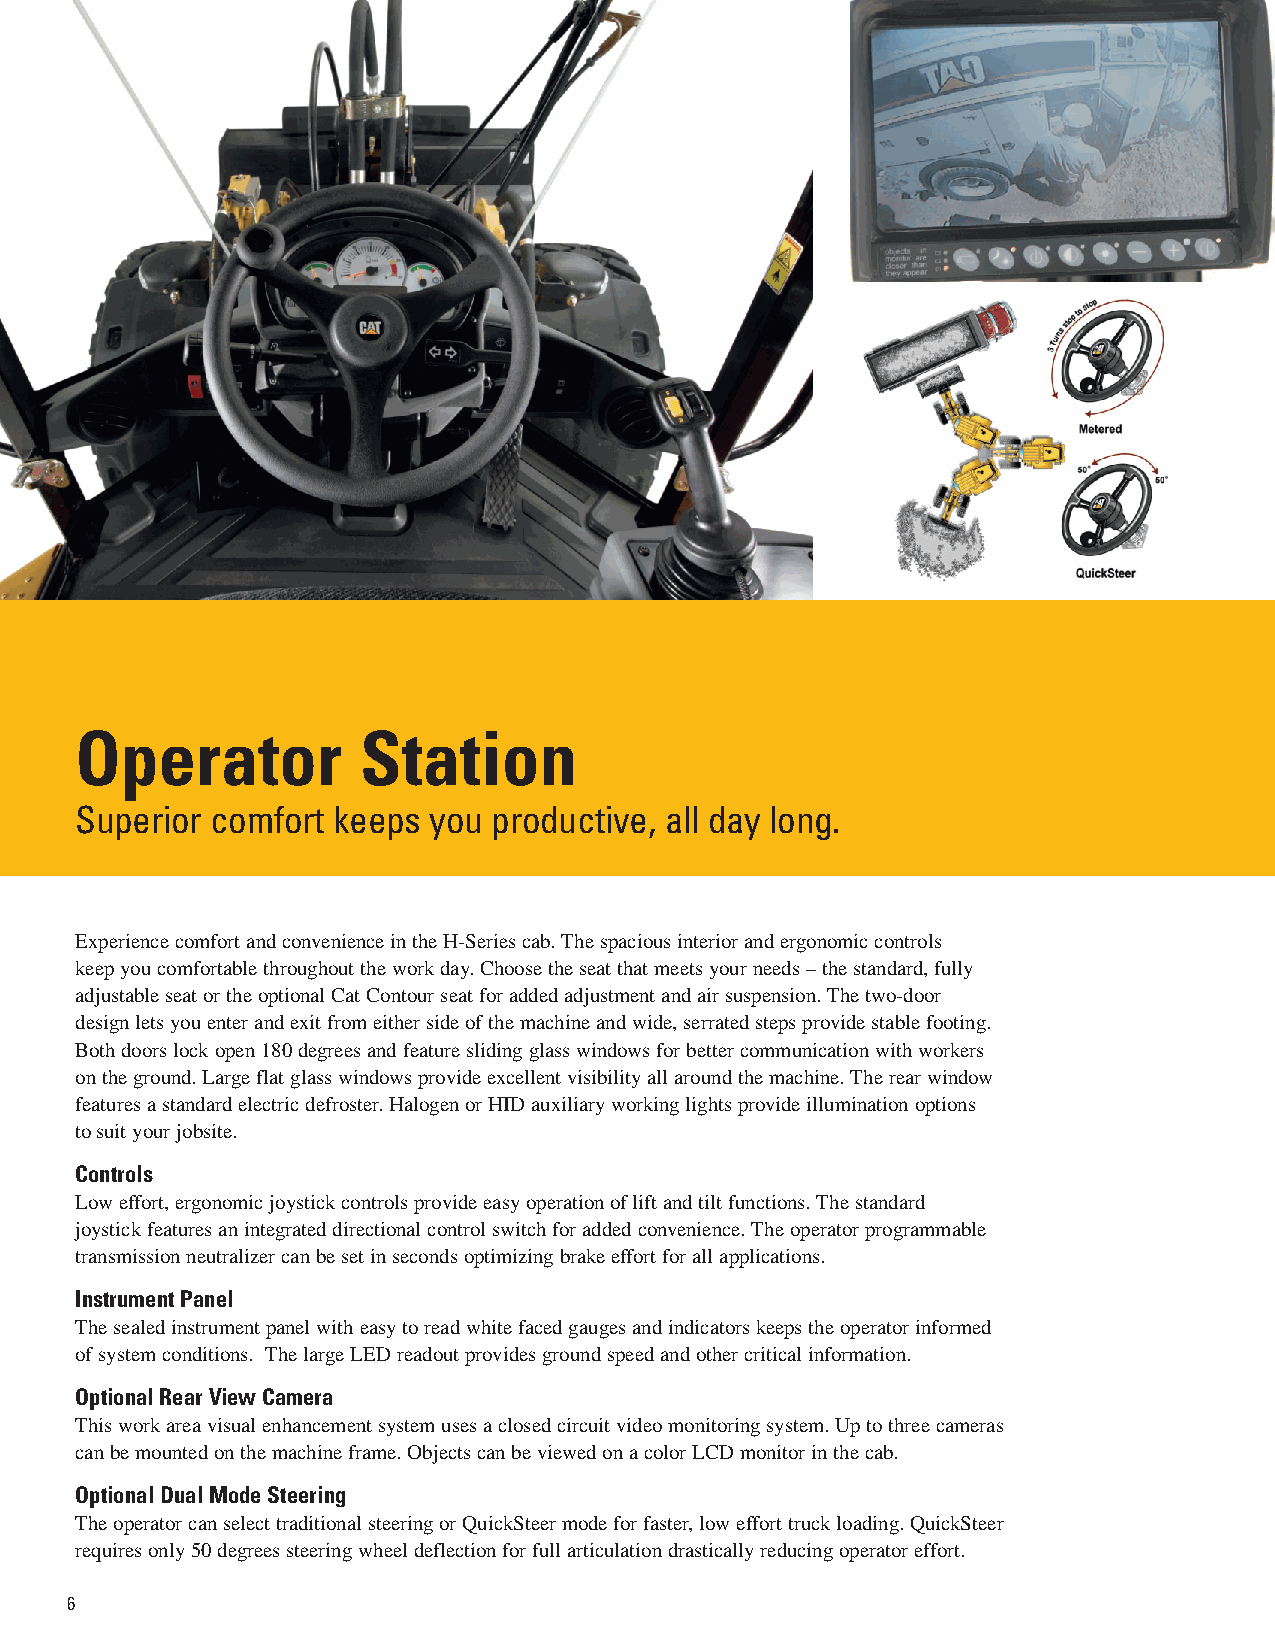
Operator           Station
 Superior comfort keeps you  productive, all day long.
 Experience comfort and convenience in the H-Series cab. The spacious interior and ergonomic controls
 keep you comfortable throughout the work day. Choose the seat that meets your needs – the standard, fully
 adjustable seat or the optional Cat Contour seat for added adjustment and air suspension. The two-door
 design lets you enter and exit from either side of the machine and wide, serrated steps provide stable footing.
 Both doors lock open 180 degrees and feature sliding glass windows for better communication with workers
 on the ground. Large flat glass windows provide excellent visibility all around the machine. The rear window
 features a standard electric defroster. Halogen or HID auxiliary working lights provide illumination options
 to suit your jobsite.
 Controls
 Low effort, ergonomic joystick controls provide easy operation of lift and tilt functions. The standard
 joystick features an integrated directional control switch for added convenience. The operator programmable
 transmission neutralizer can be set in seconds optimizing brake effort for all applications.
 Instrument Panel
 The sealed instrument panel with easy to read white faced gauges and indicators keeps the operator informed
 of system conditions. The large LED readout provides ground speed and other critical information.
 Optional Rear View Camera
 This work area visual enhancement system uses a closed circuit video monitoring system. Up to three cameras
 can be mounted on the machine frame. Objects can be viewed on a color LCD monitor in the cab.
 Optional Dual Mode Steering
 The operator can select traditional steering or QuickSteer mode for faster, low effort truck loading. QuickSteer
 requires only 50 degrees steering wheel deflection for full articulation drastically reducing operator effort.
 6